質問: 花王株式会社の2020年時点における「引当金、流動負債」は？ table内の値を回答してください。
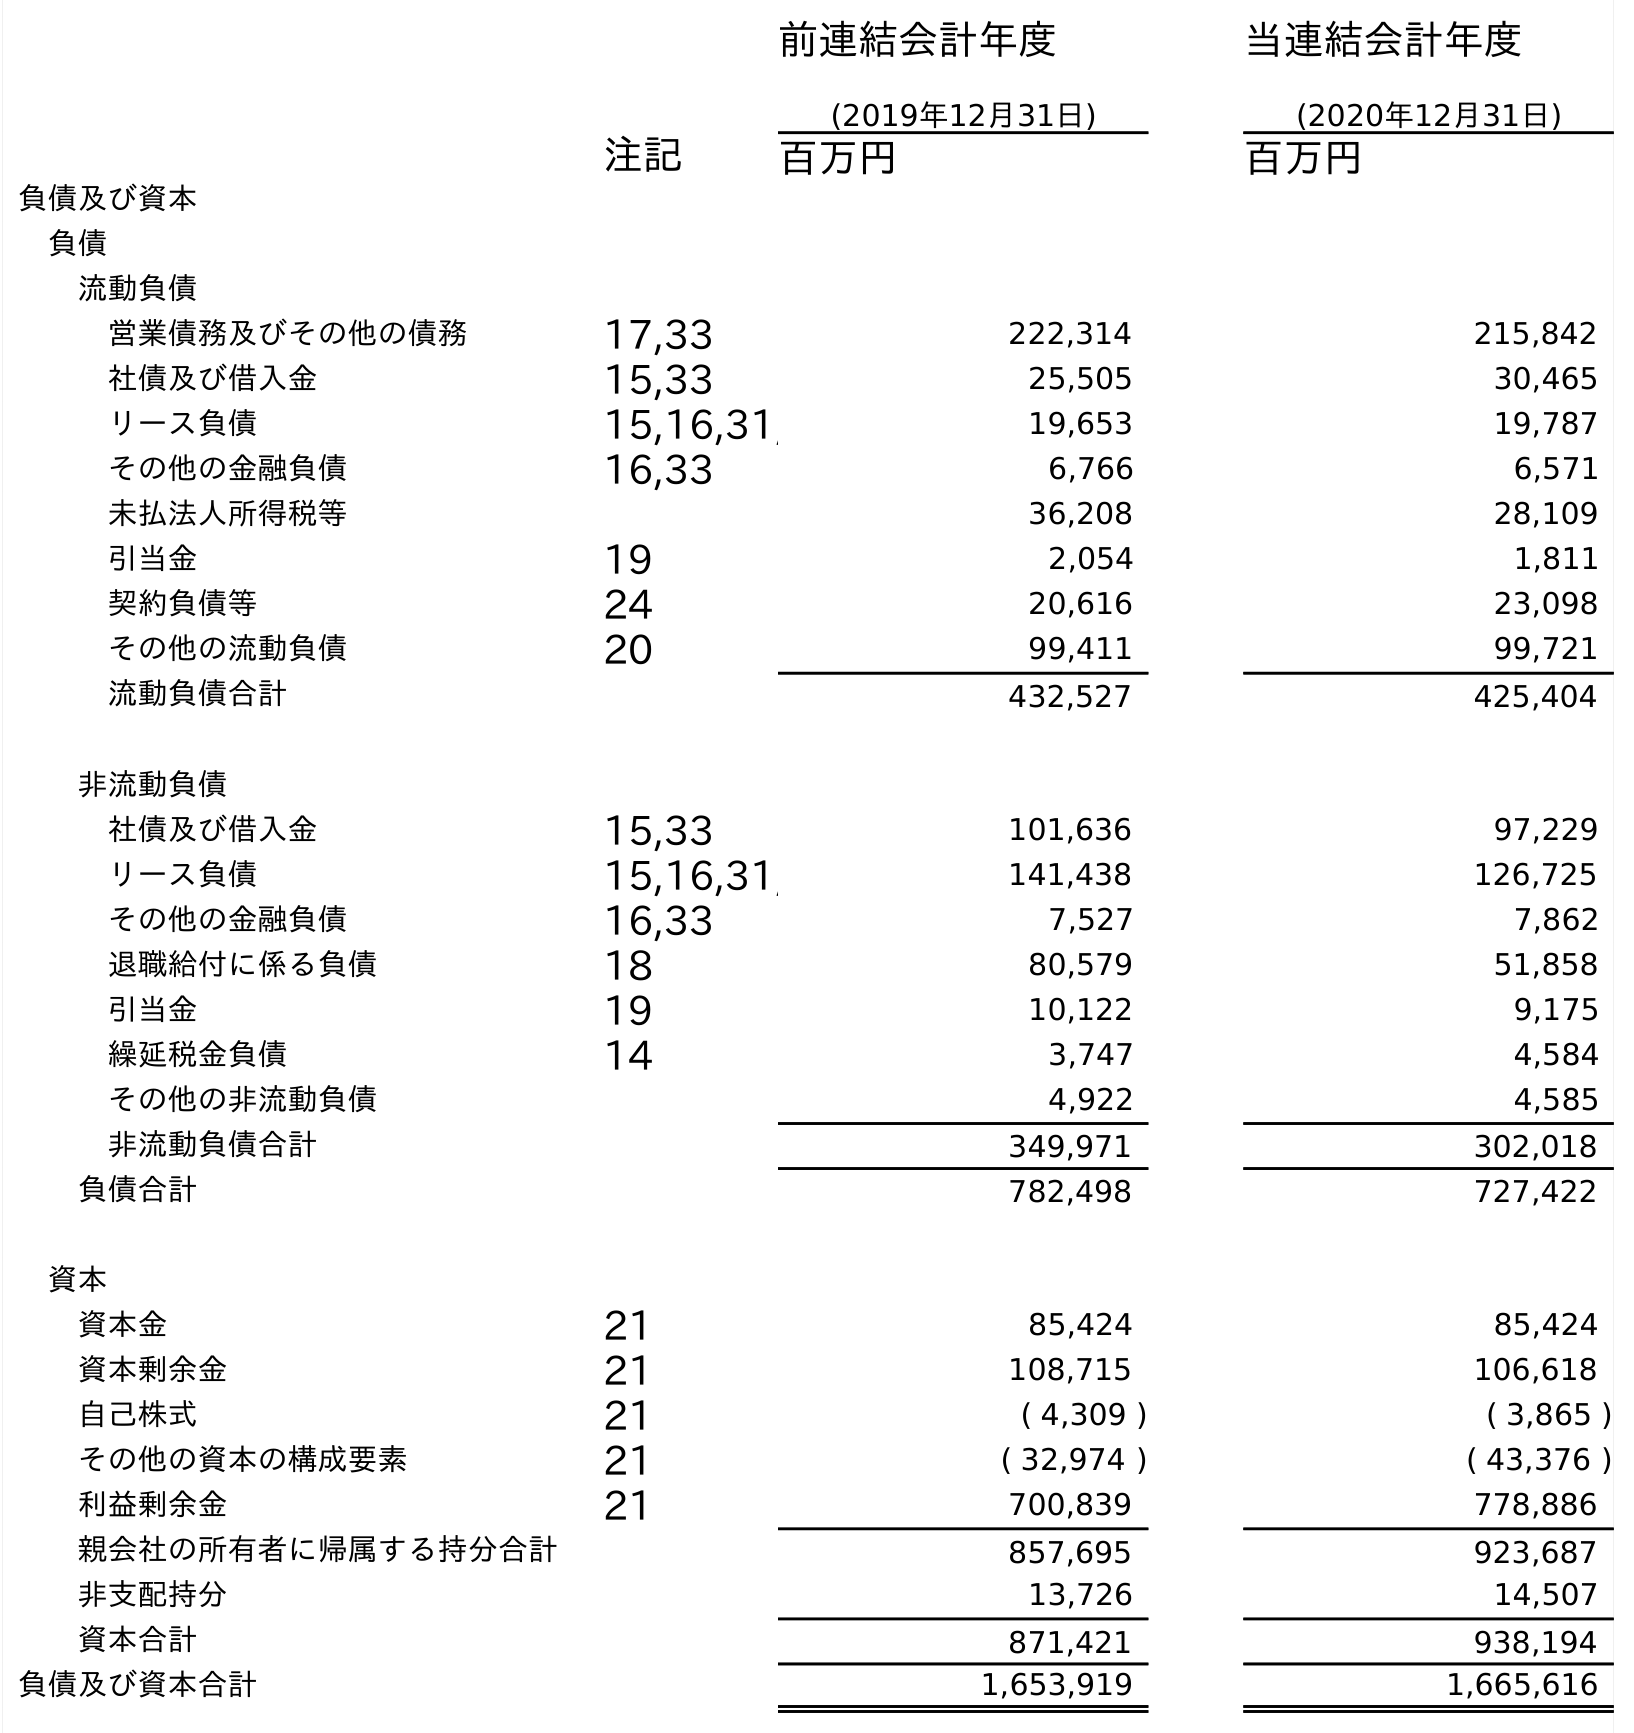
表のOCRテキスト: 前連結会計年度 (2019年12月31日) 当連結会計年度 (2020年12月31日) 注記 百万円 百万円 負債及び資本 負債 流動負債 営業債務及びその他の債務 17,33 222,314 215,842 社債及び借入金 15,33 25,505 30,465 リース負債 15,16,31, 19,653 19,787 その他の金融負債 16,33 6,766 6,571 未払法人所得税等 36,208 28,109 引当金 19 2,054 1,811 契約負債等 24 20,616 23,098 その他の流動負債 20 99,411 99,721 流動負債合計 432,527 425,404 非流動負債 社債及び借入金 15,33 101,636 97,229 リース負債 15,16,31, 141,438 126,725 その他の金融負債 16,33 7,527 7,862 退職給付に係る負債 18 80,579 51,858 引当金 19 10,122 9,175 繰延税金負債 14 3,747 4,584 その他の非流動負債 4,922 4,585 非流動負債合計 349,971 302,018 負債合計 782,498 727,422 資本 資本金 21 85,424 85,424 資本剰余金 21 108,715 106,618 自己株式 21 ( 4,309 ) ( 3,865 ) その他の資本の構成要素 21 ( 32,974 ) ( 43,376 ) 利益剰余金 21 700,839 778,886 親会社の所有者に帰属する持分合計 857,695 923,687 非支配持分 13,726 14,507 資本合計 871,421 938,194 負債及び資本合計 1,653,919 1,665,616
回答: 1,811